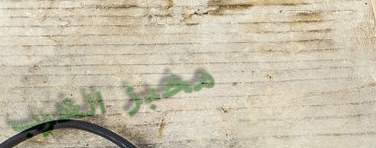
مخبز الغرب